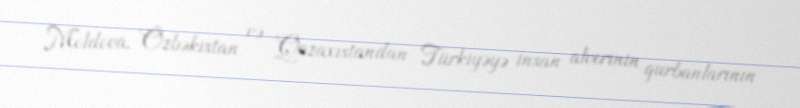
Moldova, Özbəkistan və Qazaxıstandan Türkiyəyə insan alverinin qurbanlarının